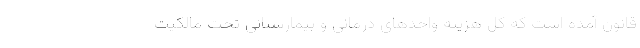
قانون آمده است که کل هزینه واحدهای درمانی و بیمارستانی تحت مالکیت